Indian journal of veterinary science and animal husbandry - Volumes 15-17, 1948-1951
Year: 1948
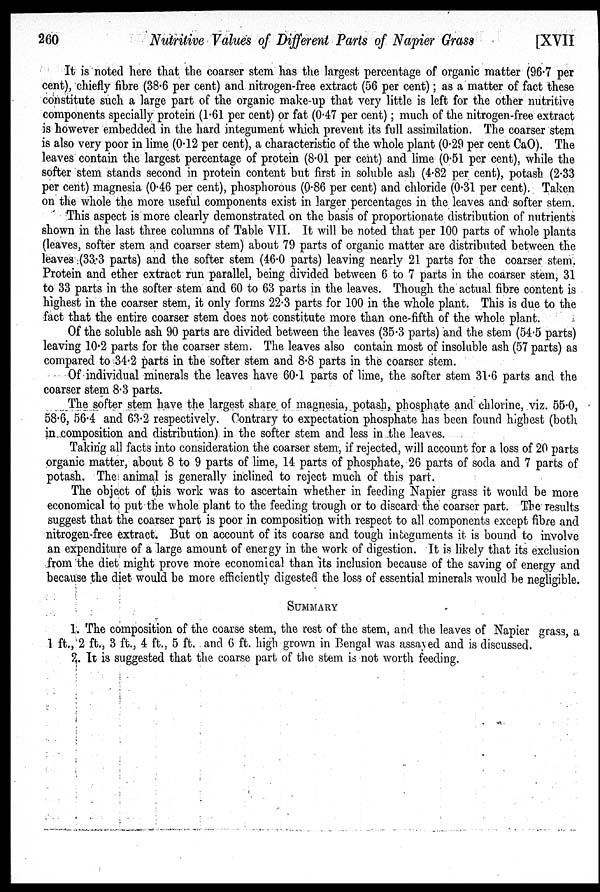
260
Nutritive Values of Different Parts of Napier Grass
[XVII
It is noted here that the coarser stem has the largest percentage of organic matter (96.7 per
cent), chiefly fibre (38.6 per cent) and nitrogen.free extract (56 per cent); as a matter of fact these
constitute such a large part of the organic make-up that very little is left for the other nutritive
components specially protein (1.61 per cent) or fat (0.47 per cent); much of the nitrogen-free extract
is however embedded in the hard integument which prevent its full assimilation. The coarser stem
is also very poor in lime (0.12 per cent), a characteristic of the whole plant (0.29 per cent CaO). The
leaves contain the largest percentage of protein (8.01 per cent) and lime (0.51 per cent), while the
softer stem stands second in protein content but first in soluble ash (4.82 per cent), potash (2.33
per cent) magnesia (0.46 per cent), phosphorous (0.86 per cent) and chloride (0.31 per cent). Taken
on the whole the more useful components exist in larger percentages in the leaves and softer stem.
This aspect is more clearly demonstrated on the basis of proportionate distribution of nutrients
shown in the last three columns of Table VII. It will be noted that per 100 parts of whole plants
(leaves, softer stem and coarser stem) about 79 parts of organic matter are distributed between the
leaves (33.3 parts) and the softer stem (46.0 parts) leaving nearly 21 parts for the coarser stem.
Protein and ether extract run parallel, being divided between 6 to 7 parts in the coarser stem, 31
to 33 parts in the softer stem and 60 to 63 parts in the leaves. Though the actual fibre content is
highest in the coarser stem, it only forms 22.3 parts for 100 in the whole plant. This is due to the
fact that the entire coarser stem does not constitute more than one-fifth of the whole plant.
Of the soluble ash 90 parts are divided between the leaves (35.3 parts) and the stem (54.5 parts)
leaving 10.2 parts for the coarser stem. The leaves also contain most of insoluble ash (57 parts) as
compared to 34.2 parts in the softer stem and 8.8 parts in the coarser stem.
Of individual minerals the leaves have 60.1 parts of lime, the softer stem 31.6 parts and the
coarser stem 8.3 parts.
The softer stem have the largest share of magnesia, potash, phosphate and chlorine, viz. 55.0,
58.6, 56.4 and 63.2 respectively. Contrary to expectation phosphate has been found highest (both
in composition and distribution) in the softer stem and less in the leaves.
Taking all facts into consideration the coarser stem, if rejected, will account for a loss of 20 parts
organic matter, about 8 to 9 parts of lime, 14 parts of phosphate, 26 parts of soda and 7 parts of
potash. The animal is generally inclined to reject much of this part.
The object of this work was to ascertain whether in feeding Napier grass it would be more
economical to put the whole plant to the feeding trough or to discard the coarser part. The results
suggest that the coarser part is poor in composition with respect to all components except fibre and
nitrogen-free extract. But on account of its coarse and tough integuments it is bound to involve
an expenditure of a large amount of energy in the work of digestion. It is likely that its exclusion
from the diet might prove more economical than its inclusion because of the saving of energy and
because the diet would be more efficiently digested the loss of essential minerals would be negligible.
SUMMARY
1. The composition of the coarse stem, the rest of the stem, and the leaves of Napier grass, a
1 ft., 2 ft., 3 ft., 4 ft., 5 ft. and 6 ft. high grown in Bengal was assayed and is discussed.
2. It is suggested that the coarse part of the stem is not worth feeding.